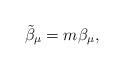
LaTeX: \begin{align*} \tilde{\beta}_\mu=m\beta_\mu, \end{align*}